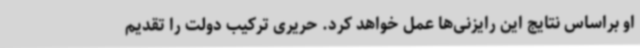
او براساس نتایج این رایزنی‌ها عمل خواهد کرد. حریری ترکیب دولت را تقدیم